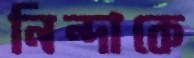
নিন্দাকে